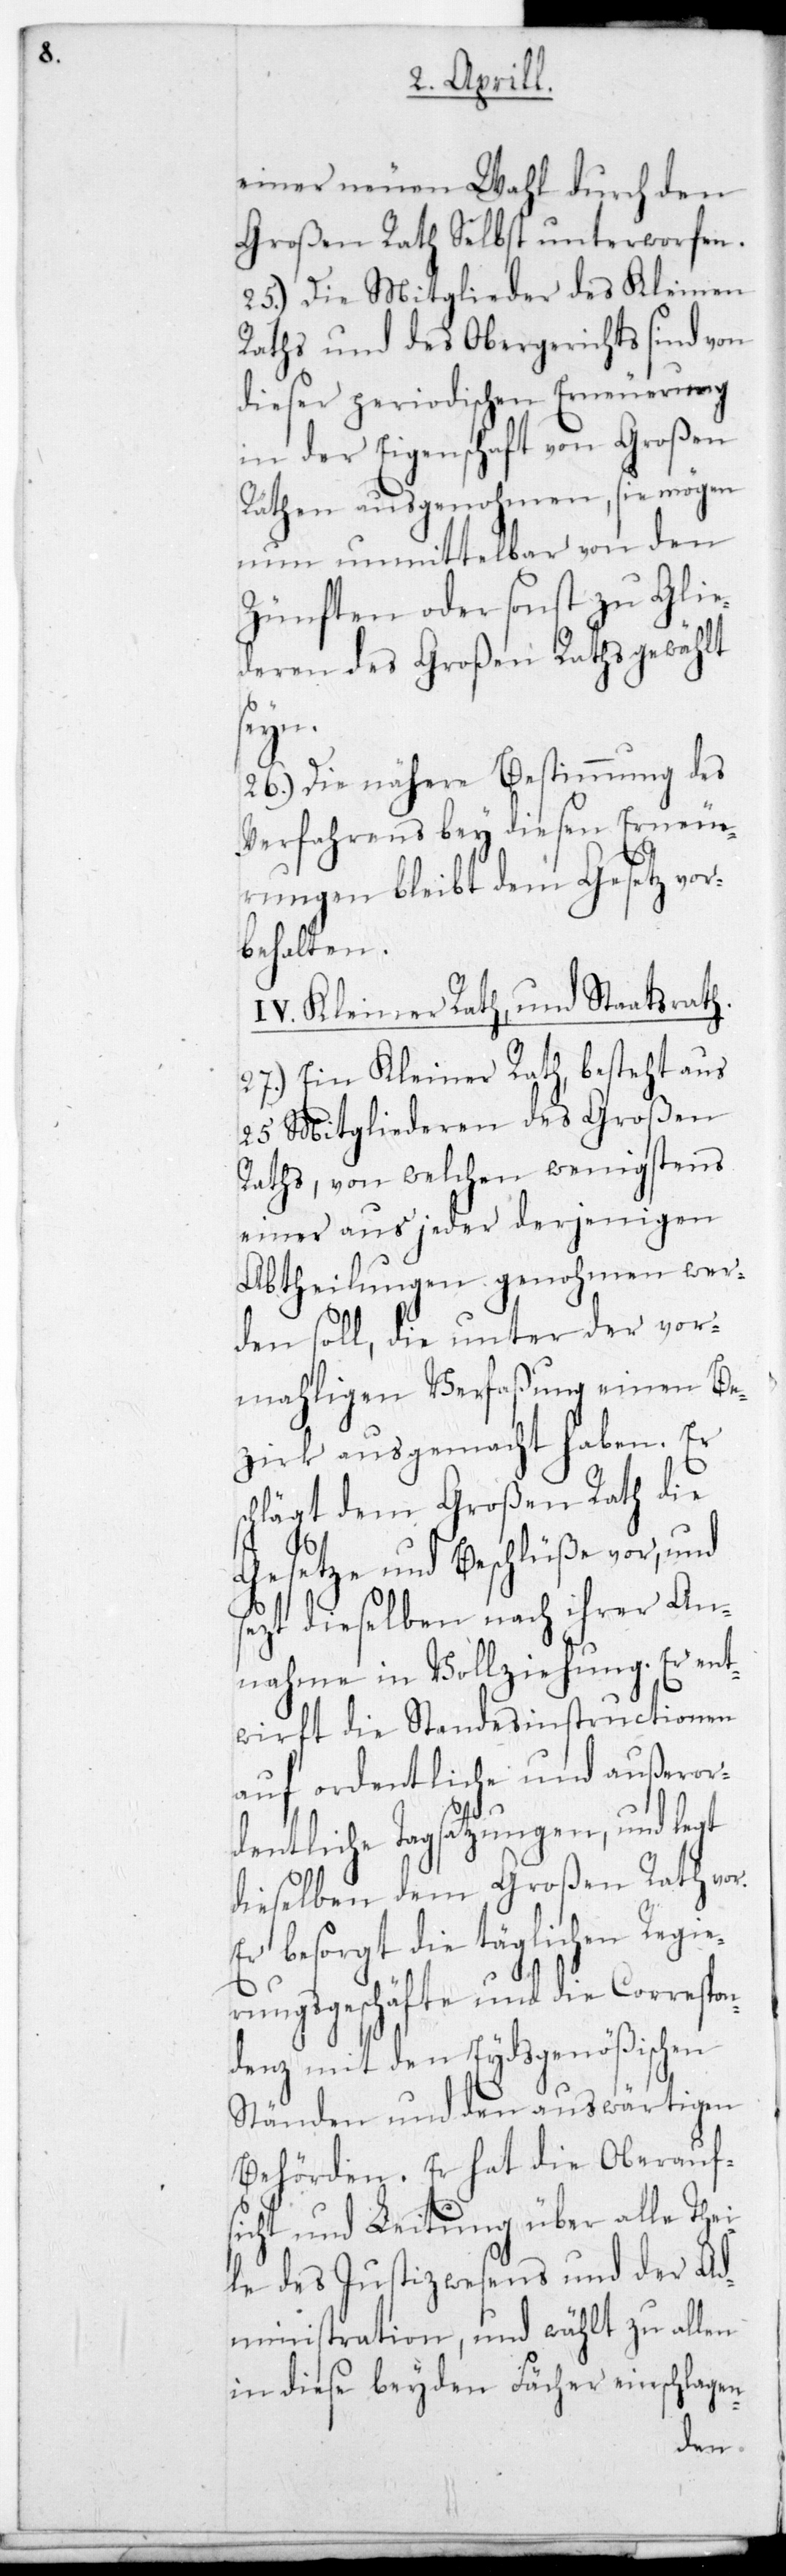
einer neuen Wahl durch den
Großen Rath Selbst unterworfen.
25.) Die Mitglieder des Kleinen
Raths und des Obergerichts sind von
dieser periodischen Erneuerung
in der Eigenschaft von Großen
Räthen ausgenohmen, sie mögen
nun unmittelbar von den
Zünften oder sonst zu Glie¬
deren des Großen Raths gewählt
sein.
26.) Die nähere Bestimmung des
Verfahrens bey diesen Erneue¬
rungen bleibt dem Gesetz vor¬
behalten.
IV. Kleiner Rath und Staatsrath.
27.) Ein Kleiner Rath besteht aus
25 Mitgliederen des Großen
Raths, von welchen wenigstens
einer aus jeder derjenigen
Abtheilungen genohmen wer¬
den soll, die unter der vor¬
maligen Verfaßung einen Be¬
zirk ausgemacht haben. Er
schlägt dem Großen Rath die
Gesetze und Beschlüße vor,
setzt dieselben nach ihrer An¬
nahme in Vollziehung. Er ent¬
wirft die Standesinstructionen
auf ordentliche und außeror¬
dentliche Tagsatzungen, und legt
dieselben dem großen Rath vor.
Er besorgt die täglichen Regie¬
rungsgeschäfte und die Correspon¬
denz mit den Eydsgenößischen
Ständen und den auswärtigen
Behörden. Er hat die Oberaufs¬
icht und Leitung über alle Thei¬
le des Justizwesens und der Ad¬
ministration, und wählt zu allen
in diese beyden Fächer einschlagen-